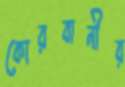
কোরবানীর